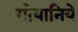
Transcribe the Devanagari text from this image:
गोयानिये